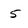
Character: 5